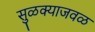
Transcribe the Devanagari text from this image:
सुळक्याजवळ